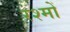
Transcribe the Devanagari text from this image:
रश्मों